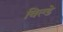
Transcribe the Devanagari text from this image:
विल्डे